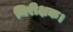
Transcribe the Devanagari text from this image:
निरीक्षक।